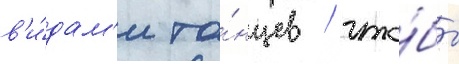
в'и́дам'и та́нцев / что́бы